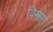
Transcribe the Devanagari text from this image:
विम्स